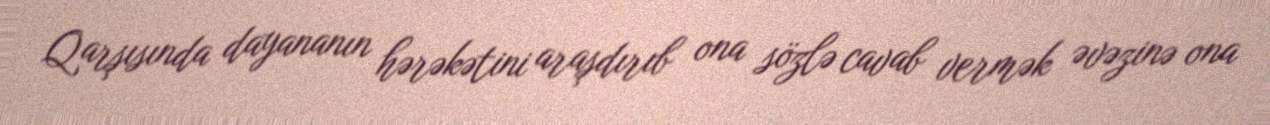
Qarşısında dayananın hərəkətini araşdırıb ona sözlə cavab vermək əvəzinə ona